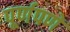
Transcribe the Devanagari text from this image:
पूर्णपणें